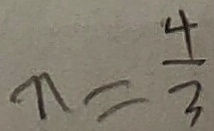
n = \frac { 4 } { 3 }